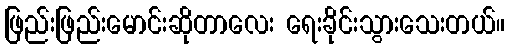
ဖြည်းဖြည်းမောင်းဆိုတာလေး ရေးခိုင်းသွားသေးတယ်။